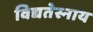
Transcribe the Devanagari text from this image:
विद्यतेस्नाय